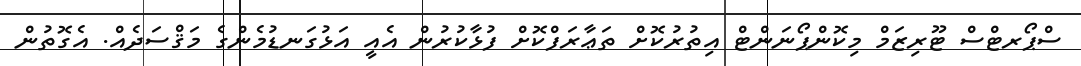
ސްޕޯރޓްސް ޓޫރިޒަމް މިކޮންޕޯނަންޓް އިތުރުކޮށް ތަޢާރަފްކޮށް ފުޅާކުރުން އެއީ އަޅުގަނޑުމެންގެ މަޤްސަދެއް. އެގޮތުން